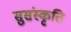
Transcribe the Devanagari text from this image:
सुसंस्कृति